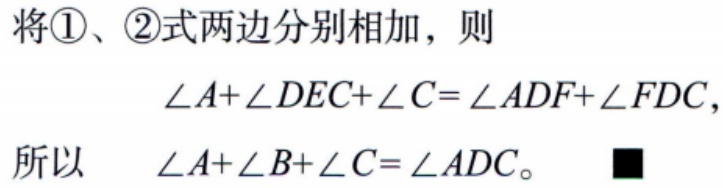
将\textcircled{1}、\textcircled{2}式两边分别相加，则
\(\angle A+\angle DEC+\angle C=\angle ADF+\angle FDC\)，
所以 \(\angle A+\angle B+\angle C=\angle ADC\)。■